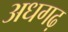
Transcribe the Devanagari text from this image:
अधगढ़